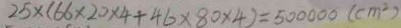
2 5 \times ( 6 6 \times 2 0 \times 4 + 4 6 \times 8 0 \times 4 ) = 5 0 0 0 0 0 ( c m ^ { 2 } )